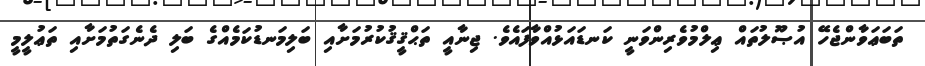
ތަބަޢަވާންޖެހޭ އުޞޫލުތައް ޢިލްމުވެރިންވަނީ ކަނޑައަޅުއްވާފައެވެ. ޖިނާއީ ތަޙްޤީޤުކުރުމަށާއި ބަލިމަނޑުކަމެއްގެ ބަލި ދެނެގަތުމަށާއި ތަޢުލީމީ